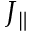
J _ { \parallel }